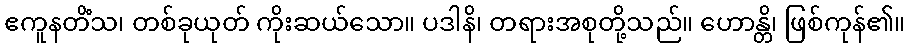
ဧကူနတိံသ၊ တစ်ခုယုတ် ကိုးဆယ်သော။ ပဒါနိ၊ တရားအစုတို့သည်။ ဟောန္တိ၊ ဖြစ်ကုန်၏။